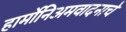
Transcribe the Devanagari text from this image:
हार्मोनिअमवादनाचे